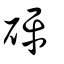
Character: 砰